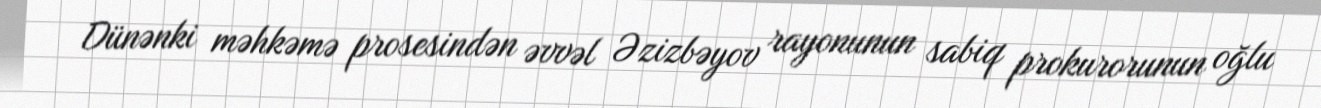
Dünənki məhkəmə prosesindən əvvəl Əzizbəyov rayonunun sabiq prokurorunun oğlu